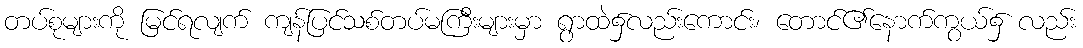
တပ်စုများကို မြင်ရလျက် ကျန်ပြင်သစ်တပ်မကြီးများမှာ ရွာထဲ၌လည်းကောင်း၊ တောင်၏နောက်ကွယ်၌ လည်း